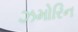
ઝમોરિન